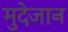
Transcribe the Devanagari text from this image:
मुदेजान